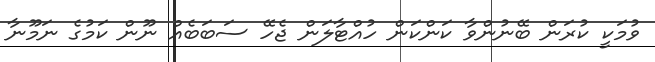
ވުމަކީ ކުރަން ބޭނުންވާ ކަންކަން ހުއްޓާލަން ޖެހޭ ސަބަބެއް ނޫން ކަމުގެ ނަމޫނާ